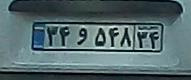
۳۴و۸۴۸۳۴